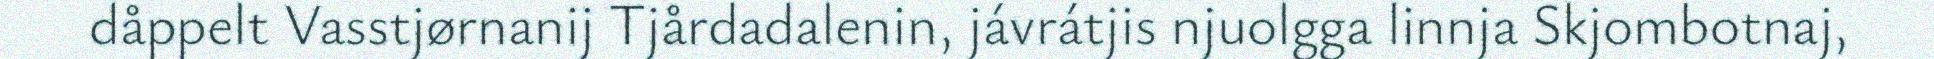
dåppelt Vasstjørnanij Tjårdadalenin, jávrátjis njuolgga linnja Skjombotnaj,